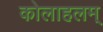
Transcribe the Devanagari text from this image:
कोलाहलम्